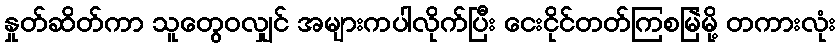
နှုတ်ဆိတ်ကာ သူတွေဝလျှင် အများကပါလိုက်ပြီး ငေးငိုင်တတ်ကြစမြဲမို့ တကားလုံး